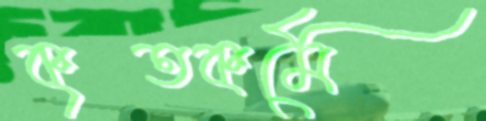
কৃতকর্মে